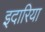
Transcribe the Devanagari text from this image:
इदारिया